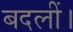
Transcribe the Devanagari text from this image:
बदलीं।